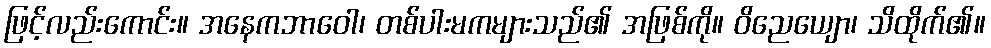
ဖြင့်လည်းကောင်း။ အနေကဘာဝေါ၊ တစ်ပါးမကများသည်၏ အဖြစ်ကို။ ဝိညေယျော၊ သိထိုက်၏။